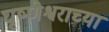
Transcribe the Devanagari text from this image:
घृष्णेश्वराच्या